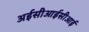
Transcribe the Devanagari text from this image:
अईसीआईसीआई